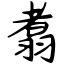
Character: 翥